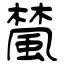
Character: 檒